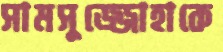
সামসুজ্জোহাকে